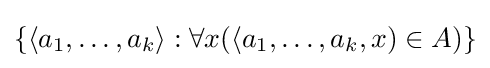
\{\langle a_{1},\ldots ,a_{k}\rangle :\forall x(\langle a_{1},\ldots ,a_{k},x)\in A)\}